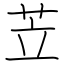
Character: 苙